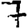
Digit: 7